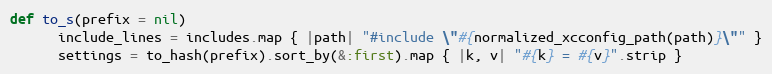
Language: Ruby
def to_s(prefix = nil)
      include_lines = includes.map { |path| "#include \"#{normalized_xcconfig_path(path)}\"" }
      settings = to_hash(prefix).sort_by(&:first).map { |k, v| "#{k} = #{v}".strip }